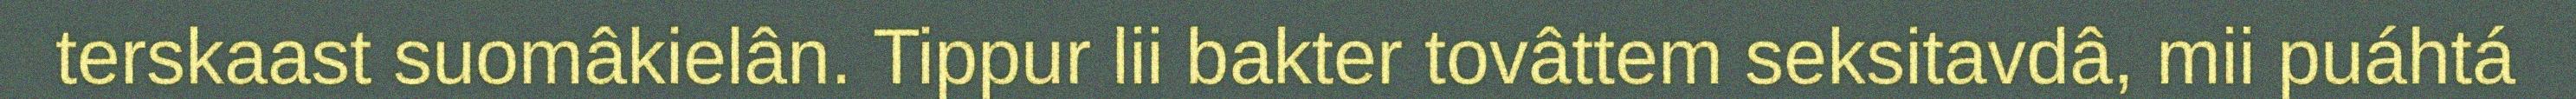
terskaast suomâkielân. Tippur lii bakter tovâttem seksitavdâ, mii puáhtá